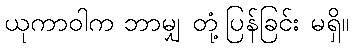
ယုကာဝါက ဘာမျှ တုံ့ပြန်ခြင်း မရှိ။